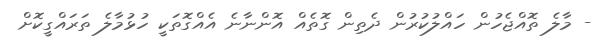
- މާލެ ތޮއްޖެހުން ހައްލުކުރުން ދެތިން ގޮތެއް އޮންނާނެ އެއްގޮތަކީ ހުޅުމާލެ ތަރައްގީކޮށް